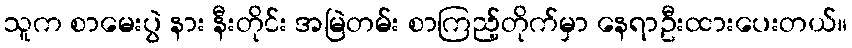
သူက စာမေးပွဲ နား နီးတိုင်း အမြဲတမ်း စာကြည့်တိုက်မှာ နေရာဦးထားပေးတယ်။